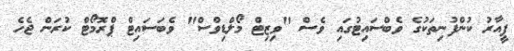
ޕީއާރު ކުންފުނިތަކުގެ ވެބްސައިޓުގައި ވެސް "ވިޒިޓް މޯލްޑިވްސް" ވެބަސައިޓް ޕްރޮމޯޓް ކުރަން ޖެހެ